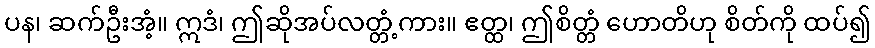
ပန၊ ဆက်ဦးအံ့။ ဣဒံ၊ ဤဆိုအပ်လတ္တံ့ကား။ ဧတ္ထ၊ ဤစိတ္တံ ဟောတိဟု စိတ်ကို ထပ်၍